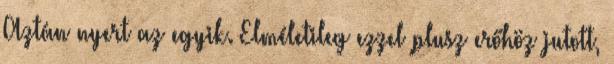
Aztán nyert az egyik. Elméletileg ezzel plusz erőhöz jutott,